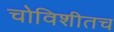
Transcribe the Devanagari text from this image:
चोविशीतच